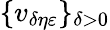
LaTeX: \{ v_{\delta\eta\varepsilon}\} _{\delta>0}